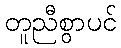
တူညီစွာပင်